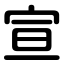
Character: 宣